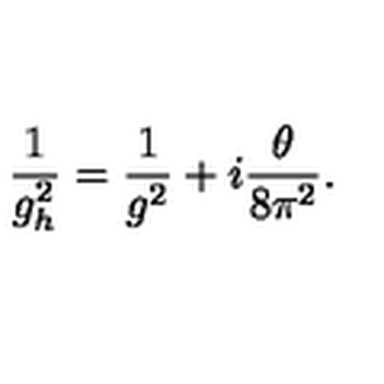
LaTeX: \frac { 1 } { g _ { h } ^ { 2 } } = \frac { 1 } { g ^ { 2 } } + i \frac { \theta } { 8 \pi ^ { 2 } } .